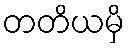
တတိယမှိ